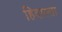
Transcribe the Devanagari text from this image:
हिदास्ता